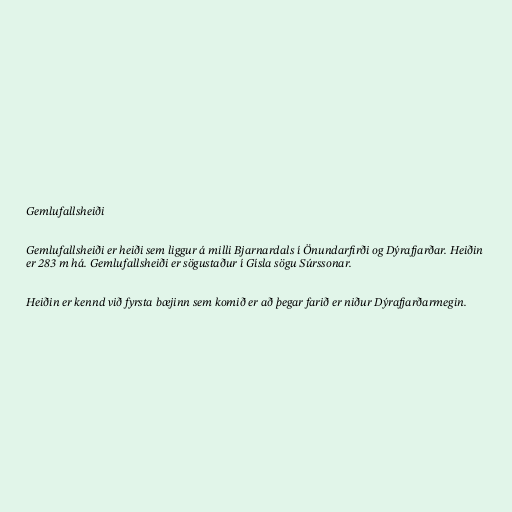
Gemlufallsheiði

Gemlufallsheiði er heiði sem liggur á milli Bjarnardals í Önundarfirði og Dýrafjarðar. Heiðin
er 283 m há. Gemlufallsheiði er sögustaður í Gísla sögu Súrssonar.

Heiðin er kennd við fyrsta bæjinn sem komið er að þegar farið er niður Dýrafjarðarmegin.